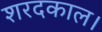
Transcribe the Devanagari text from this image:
शरदकाल।